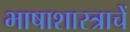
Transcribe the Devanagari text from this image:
भाषाशास्त्राचें